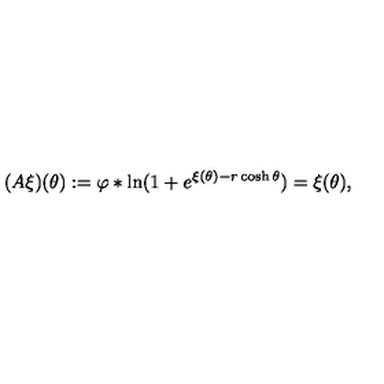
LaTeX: ( A \xi ) ( \theta ) : = \varphi \ast \ln ( 1 + e ^ { \xi ( \theta ) - r \cosh \theta } ) = \xi ( \theta ) ,